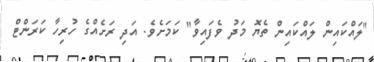
"ލައްކައިން ލައްކައިން ތެޔޮ މަދު ވެފައިވާ" ކަމަށެވެ. އަދި ރަށެއްގެ ހުރިހާ ކަރަންޓް